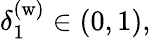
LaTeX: \delta_{1}^{\mathrm{(w)}}\in(0,1),